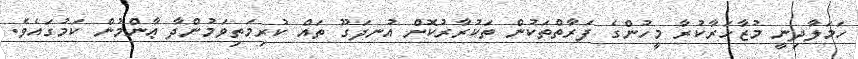
ހަމަލާދިނީ މުޒާހަރާކުރާ މީހުންގެ ފަރާތްތަކުން ތަކުރާރުކޮށް އުނދަގޫ ތައް ކުރިމަތިވަމުންދާ ޢާންމުން ކަމުގައެވެ.